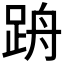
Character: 𲃢